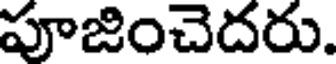
పూజించెదరు.